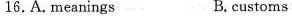
16.A.meanings B. customs